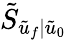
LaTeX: \tilde{S}_{\tilde{u}_{f}|\tilde{u}_{0}}